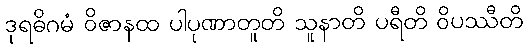
ဒုရဓိဂမံ ဝိဇာနထ ပါပုဏာတူတိ သူနာတိ ပရီတိ ဝိပဿီတိ